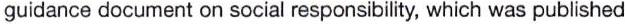
guidance document on social responsibility, which was published